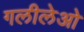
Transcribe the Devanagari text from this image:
गलीलेओ